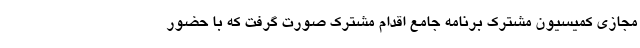
مجازی کمیسیون مشترک برنامه جامع اقدام مشترک صورت گرفت که با حضور